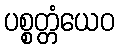
ပစ္စတ္တံယေဝ